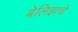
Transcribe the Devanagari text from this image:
बेलिझचे